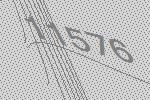
11576